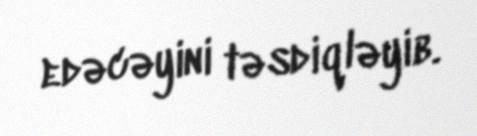
edəcəyini təsdiqləyib.